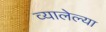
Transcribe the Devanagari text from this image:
व्यालेल्या